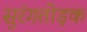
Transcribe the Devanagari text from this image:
सुरंगतोड़क